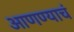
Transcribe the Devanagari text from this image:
आणण्याचं